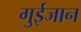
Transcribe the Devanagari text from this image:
गुईजान